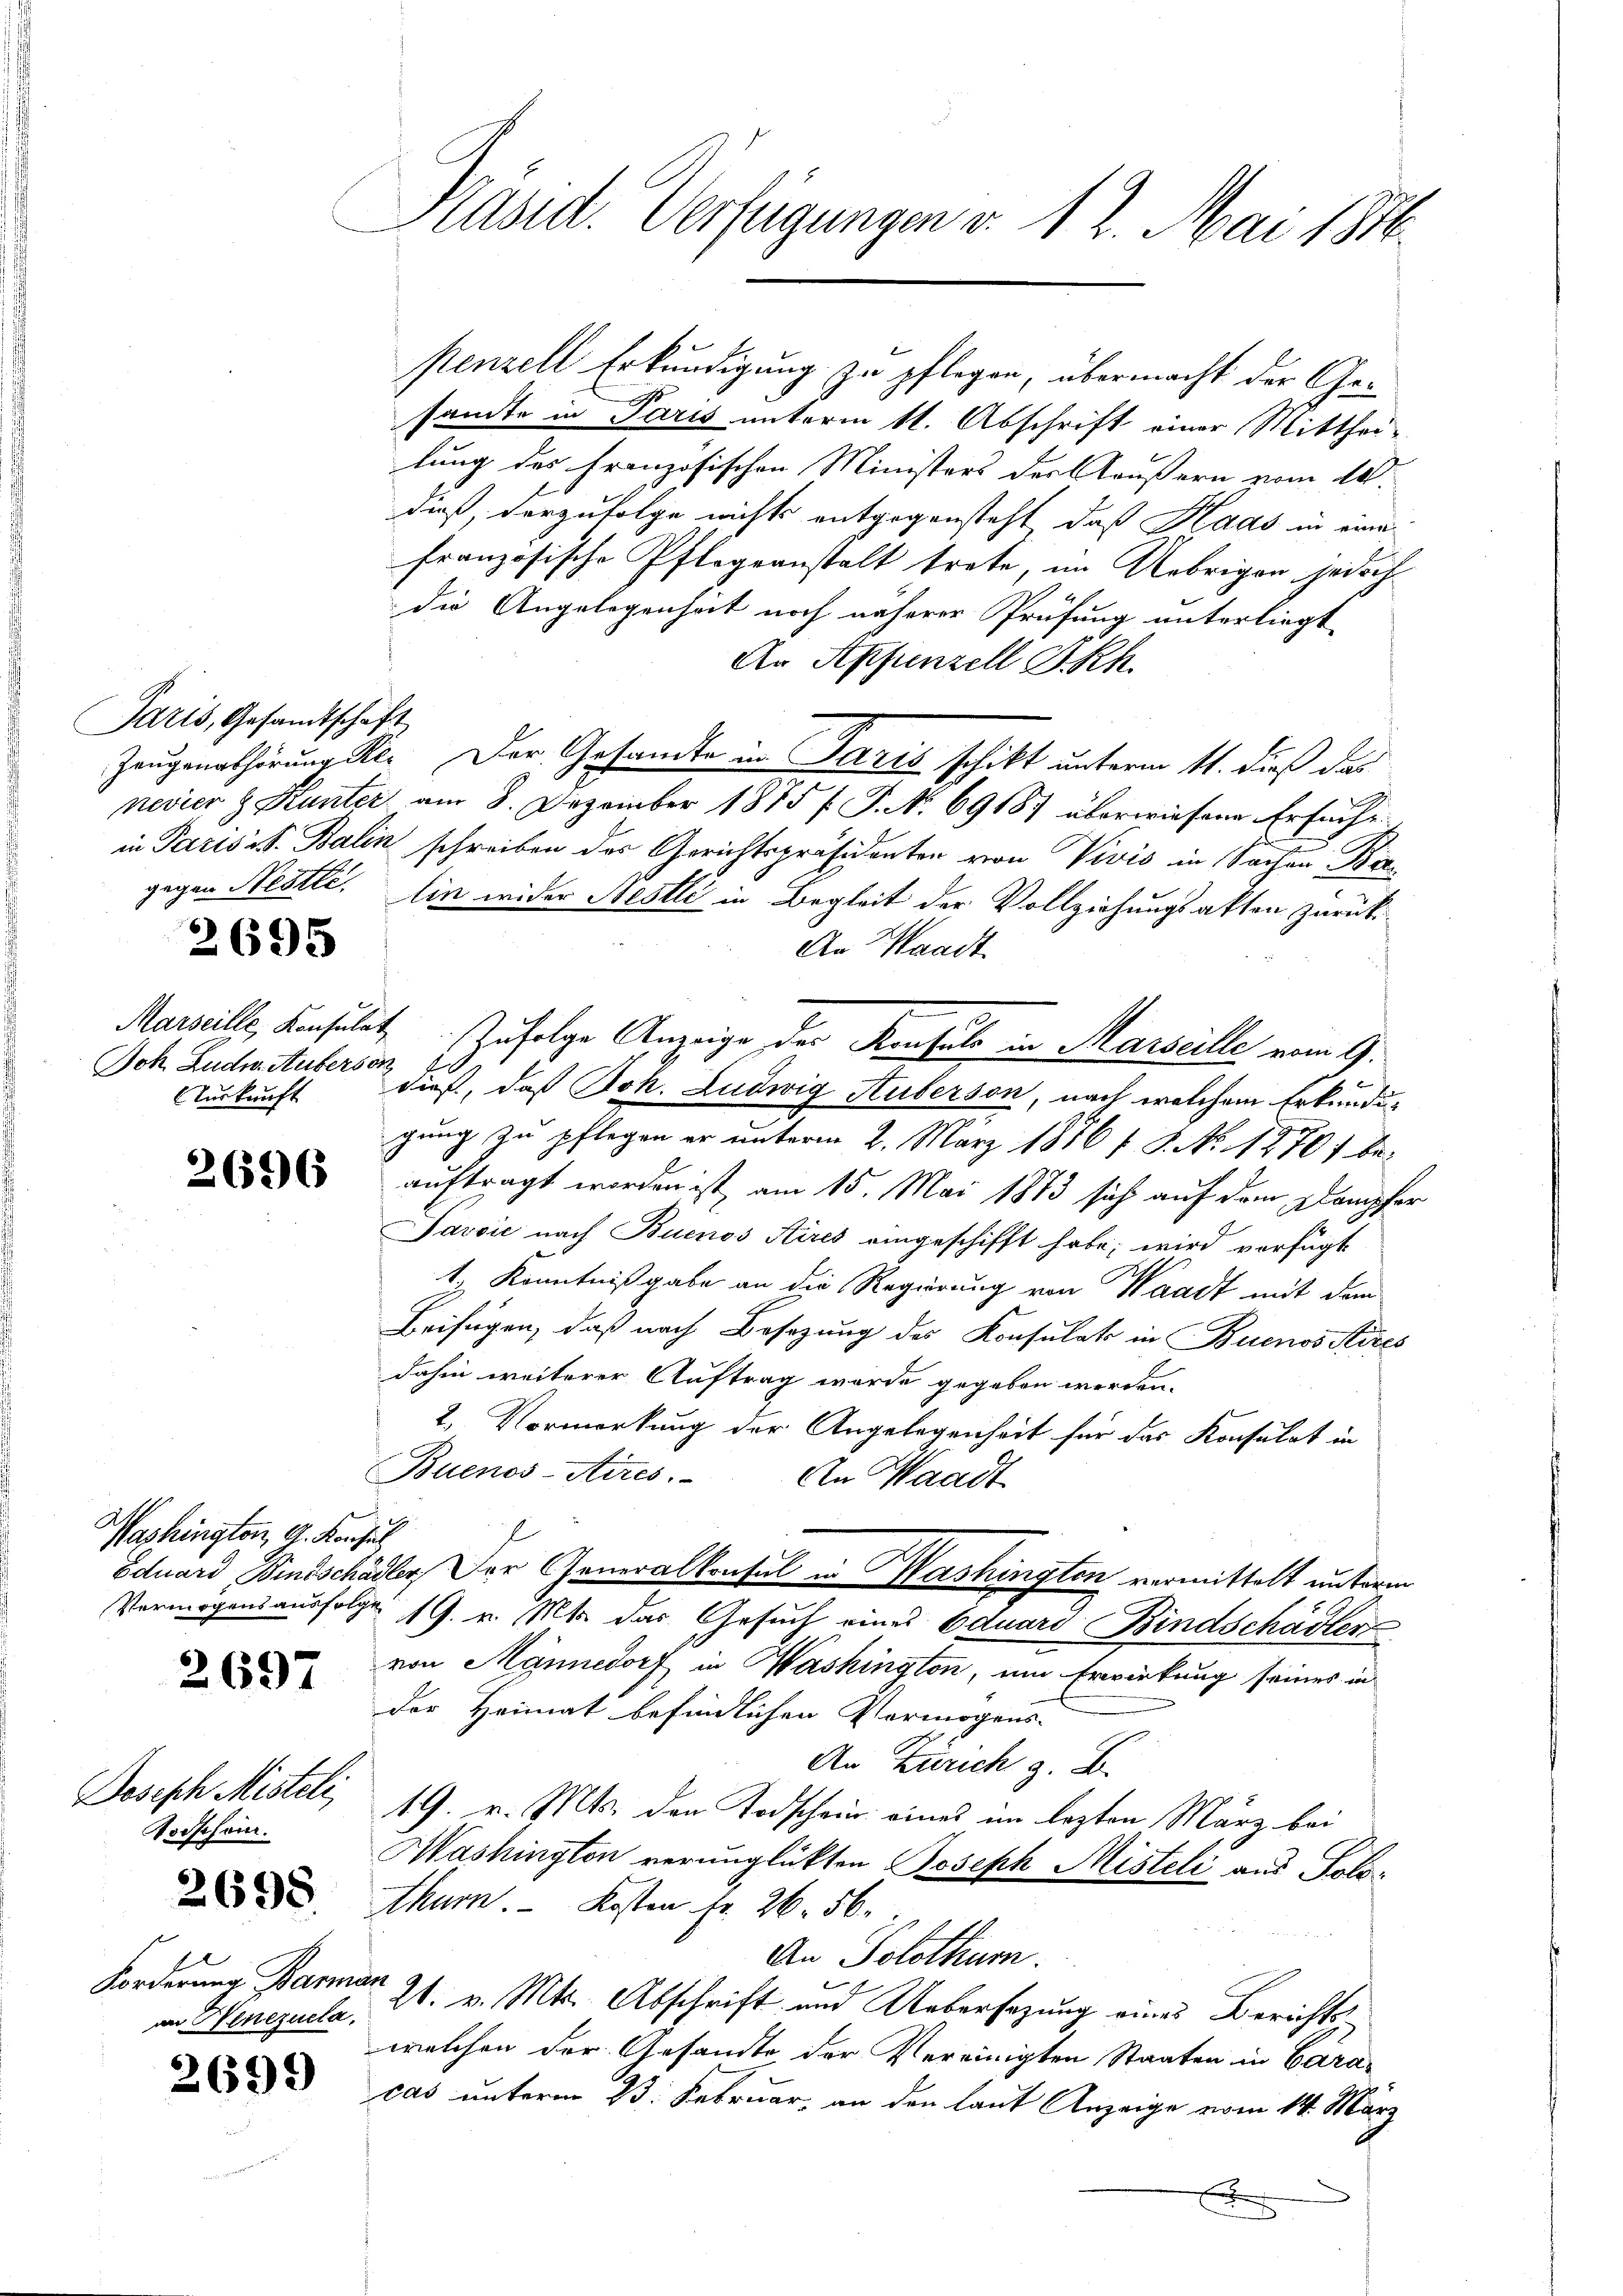
Paris, Gesandtschäft

2695

Joh. Ludw. Auberson
urkunft

2696

Washington, A. Konsul

2697

Doseph Mistel
Todschein.

2698

f
Forderung Barman
an Henezuela

2699

Präsid. Verfügungen v. 12. Mai 184.

stenzell Erkundigung zu pflegen, übermacht der Gesandte in Paris unterm 11. Abschrift einer Mitthei-
lung des Französischen Ministers des Aeußern vom 18.
dieß, vorzufolge nichts entgegensteht, daß Kads in eine
französische Pflegeanstalt trete, im Uebrigen jedoch
die Angelegenheit noch näherer Prüfung unterliegt
An Appenzell SRh.
Zeugenabhörung Sr. Der Gesandte in Paris schikt unterm 11. dieß das
nevier & Kunter am 8. Dezember 1875 f. P. No 69187 überwiesene Ersucht
in Paris S. Balin schreiben des Gerichtspräsidenten von Vivis in Sachen Be
gegen Nestli. Ein wider Nestli in Begleit der Vollziehungsakten zurück¬
An Waadt
Marseille, Konsulatz zufolge Anzeige der Konsuls in Marseille vom 9.
dieß, daß Joh. Ludwig Auberson, nach welchem Erkundi¬
2
gung zu pflegen er unterm 2. März 18761 S. No. 1270) be-
auftragt worden ist, am 15. Mai 1873 sich auf dem Dampfer
Pavvić nach Buenos Aires eingeschifft habe; wird verfügt
t, Kenntnißgabe an die Regierung von Waadt mit dem
Beifügen, daß nach Besetzung des Konsulats in Buenos Aires
dahin weiterer Auftrag wurde gegeben werden.
2. Vormerkung der Angelegenheit für das Konsulat in
Buenos-Aires. An Waadt
l
Eduard Bindschädler, Der Generalkonsul in Washingten vermittelt unterm
Vermögensausfolge 19. v. Mts. das Gesuch eines Eduard Bindschädler
von Männedorf in Washingten, um Erwirkung seines in
der Heimat befindlichen Vermögens-
An Zürich z. B.
19. v. Mts. den Todschein eines im lezten März bei
Washington verunglückten Joseph Misteli aus Solo-
Athurn. Kosten fr. 26. 56.
An Solothur.
21. v. Mts. Abschrift und Uebersezung eines Berichtswelchen der Gesandte der Vereinigten Staaten in Caracas unterm 23. Februar, an den laut Anzeige vom 14. März
x